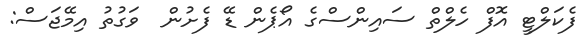
ފެކަލްޓީ އޮފް ހެލްތް ސައިންސްގެ އޯޕެން ޑޭ ފެށުން  ވަގުތު އިމޭޖަސް: